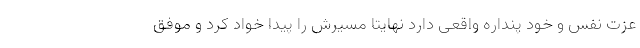
عزت نفس و خود پنداره واقعی دارد نهایتا مسیرش را پیدا خواد کرد و موفق